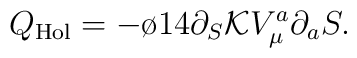
Q_{{\rm Hol}}=-\o{1}{4} \partial_S {\cal K} V_\mu^a \partial_a S .